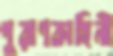
পুরাণকাহিনী